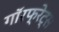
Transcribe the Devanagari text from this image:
गॉरफ्रेट्स